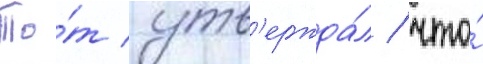
То́т утв'ержда́л / что́